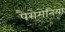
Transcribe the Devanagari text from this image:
पैरोमेनिया